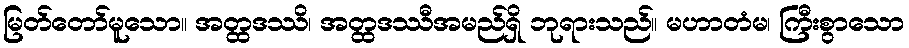
မြတ်တော်မူသော။ အတ္ထဒဿိ၊ အတ္ထဒဿီအမည်ရှိ ဘုရားသည်။ မဟာတံမ၊ ကြီးစွာသော